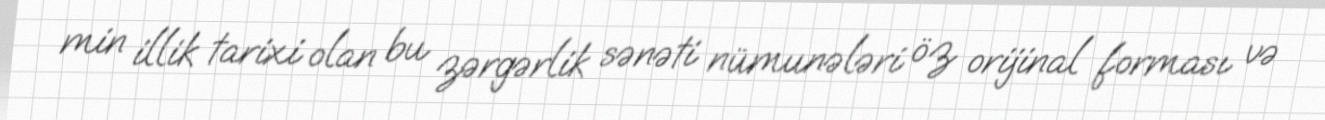
min illik tarixi olan bu zərgərlik sənəti nümunələri öz orijinal forması və